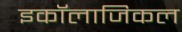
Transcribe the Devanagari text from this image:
इकॉलाजिकल